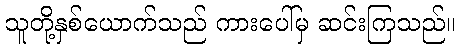
သူတို့နှစ်ယောက်သည် ကားပေါ်မှ ဆင်းကြသည်။